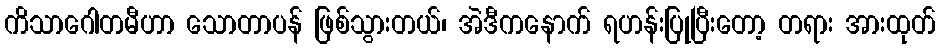
ကိသာဂေါတမီဟာ သောတာပန် ဖြစ်သွားတယ်၊ အဲဒီကနောက် ရဟန်းပြုပြီးတော့ တရား အားထုတ်